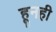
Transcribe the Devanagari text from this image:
हूनही